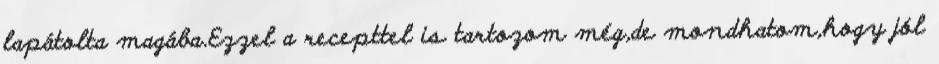
lapátolta magába.Ezzel a recepttel is tartozom még,de mondhatom,hogy jól